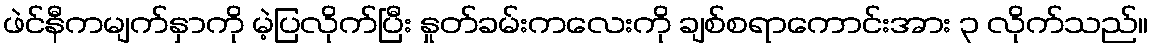
ဖဲင်နီကမျက်နှာကို မဲ့ပြလိုက်ပြီး နှုတ်ခမ်းကလေးကို ချစ်စရာကောင်းအား ၃ လိုက်သည်။